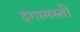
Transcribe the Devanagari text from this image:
दंगामस्ती